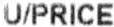
U/PRICE